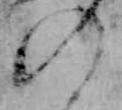
の